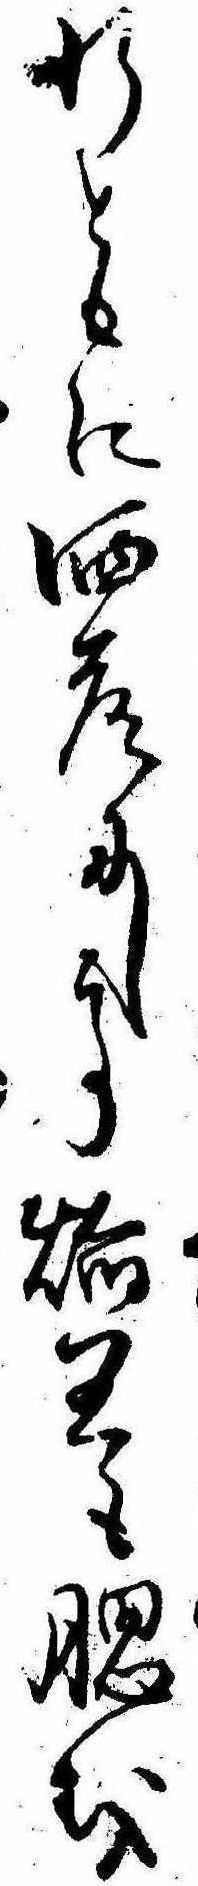
行ともに洒落にして焔王も腮を